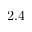
2 . 4